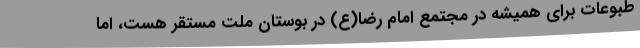
طبوعات برای همیشه در مجتمع امام رضا(ع) در بوستان ملت مستقر هست، اما